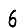
Digit: 6